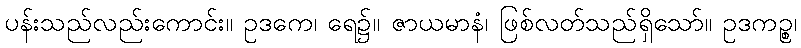
ပန်းသည်လည်းကောင်း။ ဥဒကေ၊ ရေ၌။ ဇာယမာနံ၊ ဖြစ်လတ်သည်ရှိသော်။ ဥဒကဉ္စ၊